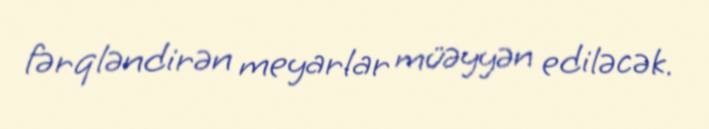
fərqləndirən meyarlar müəyyən ediləcək.